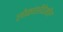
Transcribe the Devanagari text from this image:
लोकांशीदेखील